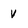
Character: v